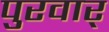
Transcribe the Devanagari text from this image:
पुरवार्